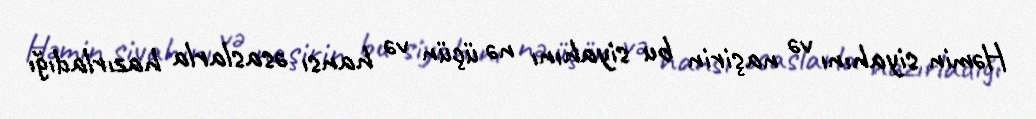
Həmin siyahını və naşirin bu siyahını nə üçün və hansı əsaslarla hazırladığı